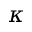
\kappa